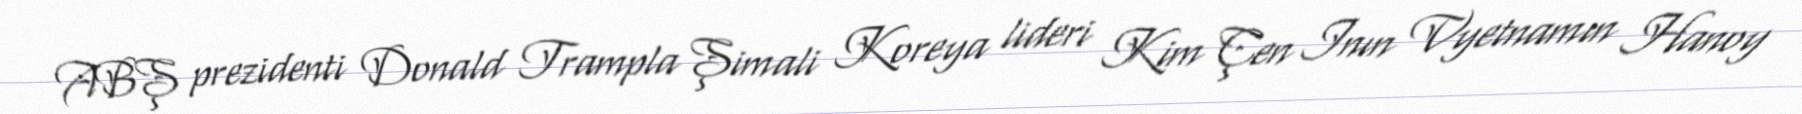
ABŞ prezidenti Donald Trampla Şimali Koreya lideri Kim Çen Inın Vyetnamın Hanoy